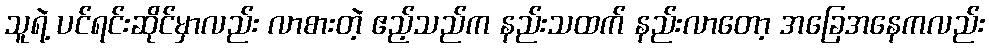
သူရဲ့ ပင်ရင်းဆိုင်မှာလည်း လာစားတဲ့ ဧည့်သည်က နည်းသထက် နည်းလာတော့ အခြေအနေကလည်း